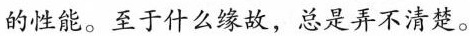
的性能。至于什么缘故，总是弄不清楚。